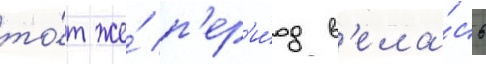
то́т же́ п'ер'и́од в'ела́сь